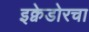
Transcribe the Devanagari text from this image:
इक्वेडोरचा